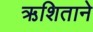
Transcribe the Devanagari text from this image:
ऋशिताने